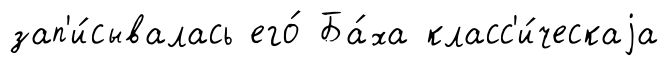
зап'и́сывалась его́ Ба́ха класс'и́ческаjа